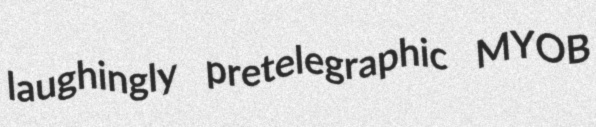
laughingly pretelegraphic MYOB